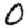
Digit: 0